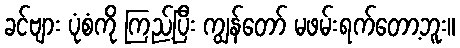
ခင်ဗျား ပုံစံကို ကြည့်ပြီး ကျွန်တော် မဖမ်းရက်တော့ဘူး။